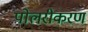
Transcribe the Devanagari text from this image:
पोलरीकरण